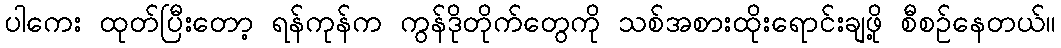
ပါကေး ထုတ်ပြီးတော့ ရန်ကုန်က ကွန်ဒိုတိုက်တွေကို သစ်အစားထိုးရောင်းချဖို့ စီစဉ်နေတယ်။